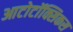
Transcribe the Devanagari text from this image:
आटोटॉक्सिकस